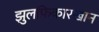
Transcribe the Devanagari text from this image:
झुलफिकारखान